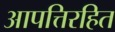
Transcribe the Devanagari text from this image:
आपत्तिरहित